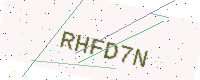
Text: RHFD7N